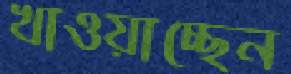
খাওয়াচ্ছেন